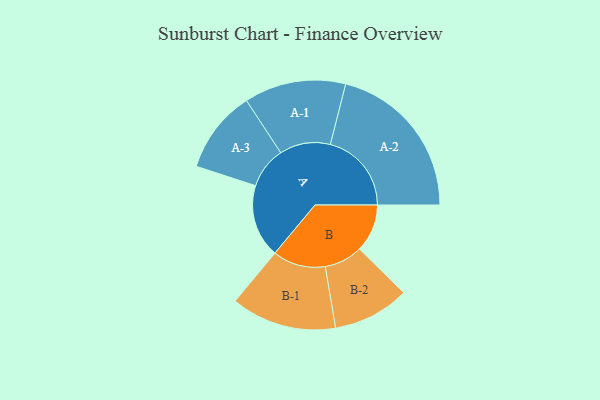
{"axis": {"x": "Segment", "y": "Value"}, "legend": ["", "A", "B"], "data": [{"x": "A", "y": 263, "type": ""}, {"x": "B", "y": 172, "type": ""}, {"x": "A-1", "y": 183, "type": "A"}, {"x": "A-2", "y": 292, "type": "A"}, {"x": "A-3", "y": 149, "type": "A"}, {"x": "B-1", "y": 190, "type": "B"}, {"x": "B-2", "y": 138, "type": "B"}]}